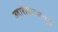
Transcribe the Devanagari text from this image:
उदारीकरणपूर्व